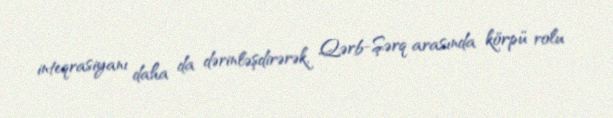
inteqrasiyanı daha da dərinləşdirərək, Qərb-Şərq arasında körpü rolu